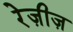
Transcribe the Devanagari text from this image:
रेज़ीज़